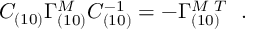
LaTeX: C _ { ( 1 0 ) } \Gamma _ { ( 1 0 ) } ^ { M } C _ { ( 1 0 ) } ^ { - 1 } = - \Gamma _ { ( 1 0 ) } ^ { { M } \, \, T } ~ ~ .